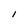
Character: I